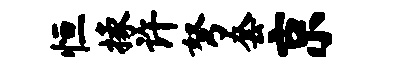
恒掾许弩套京